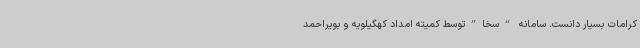
کرامات بسیار دانست. سامانه “سخا”توسط کمیته امداد کهگیلویه و بویراحمد